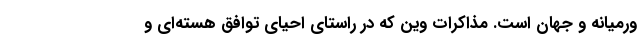
ورمیانه و جهان است. مذاکرات وین که در راستای احیای توافق هسته‌ای و